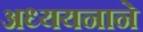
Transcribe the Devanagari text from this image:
अध्ययनाने